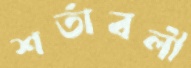
শর্তাবলী